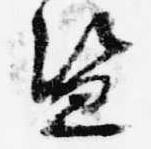
盗